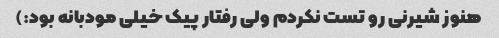
هنوز شیرنی رو تست نکردم ولی رفتار پیک خیلی مودبانه بود:)